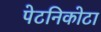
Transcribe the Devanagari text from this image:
पेटनिकोटा